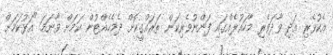
އެކުވެރި އަދި ވާދަވެރި މާހައުލެއްގައި ފަންނުވެރިކަން ތަރައްގީކޮށް ދެމެހެއްޓުން ކަމަށް ވާނަމަ "އަޅުކަމަށް